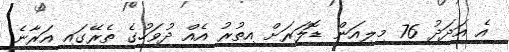
އެ އަދަދު 76 މިލިއަން ޑޮލަރަށް އިތުރު އެއް ދުވަހުގެ ތެރޭގައި އަރާނެ